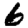
Digit: 6